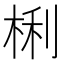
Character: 梸